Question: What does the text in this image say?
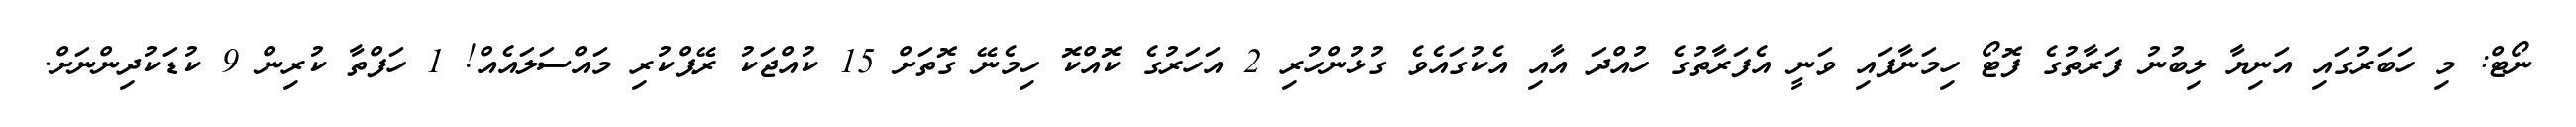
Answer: ނޯޓް: މި ހަބަރުގައި އަނިޔާ ލިބުނު ފަރާތުގެ ފޮޓޯ ހިމަނާފައި ވަނީ އެފަރާތުގެ ހުއްދަ އާއި އެކުގައެވެ ގުޅުންހުރި 2 އަހަރުގެ ކޮއްކޮ ހިމެނޭ ގޮތަށް 15 ކުއްޖަކު ރޭޕްކުރި މައްސަލައެއް! 1 ހަފްތާ ކުރިން 9 ކުޑަކުދިންނަށް.